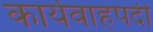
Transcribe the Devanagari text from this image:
कार्यवाहपदी